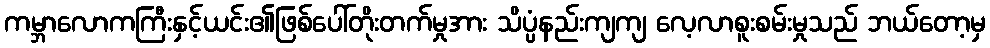
ကမ္ဘာလောကကြီးနှင့်ယင်း၏ဖြစ်ပေါ်တိုးတက်မှုအား သိပ္ပံနည်းကျကျ လေ့လာစူးစမ်းမှုသည် ဘယ်တော့မှ